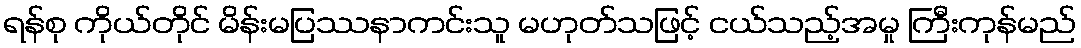
ရန်စု ကိုယ်တိုင် မိန်းမပြဿနာကင်းသူ မဟုတ်သဖြင့် ငယ်သည့်အမှု ကြီးကုန်မည်